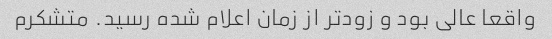
واقعا عالی بود و زودتر از زمان اعلام شده رسید. متشکرم